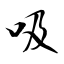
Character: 吸